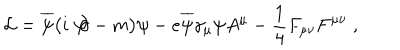
{ \cal L } = \overline { { { \psi } } } \bigl ( i \not { { \hspace { - . 0 8 c m } } \partial } - m \bigr ) \psi - e \overline { { { \psi } } } \gamma _ { \mu } \psi A ^ { \mu } - { \frac { 1 } { 4 } } F _ { \mu \nu } F ^ { \mu \nu } \; ,